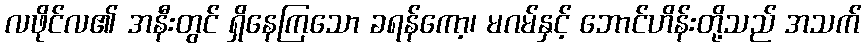
လဖိုင်လ၏ အနီးတွင် ရှိနေကြသော ခရန်ကော့၊ မဂမ်နှင့် ဘောင်ဟိန်းတို့သည် အသက်